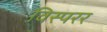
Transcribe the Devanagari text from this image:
विस्परर